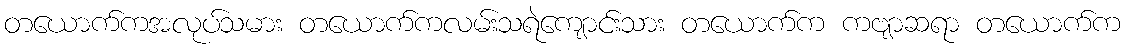
တယောက်ကအလုပ်သမား တယောက်ကလမ်းသရဲကျောင်းသား တယောက်က ကဗျာဆရာ တယောက်က